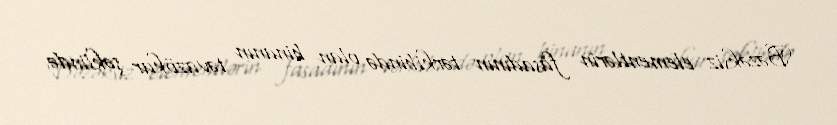
Bəzəksiz elementlərin fasadının tərkibində olan binanın təvazökar şəklində